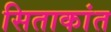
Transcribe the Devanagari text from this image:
सिताकांत